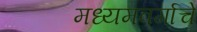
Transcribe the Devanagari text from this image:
मध्यमवर्गाचे